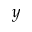
y